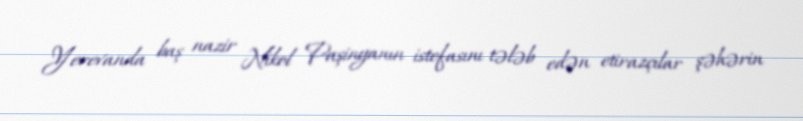
Yerevanda baş nazir Nikol Paşinyanın istefasını tələb edən etirazçılar şəhərin